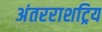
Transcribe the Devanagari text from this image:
अंतरराशट्रिय